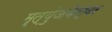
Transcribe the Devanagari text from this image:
मॄत्युंजयेश्वर